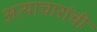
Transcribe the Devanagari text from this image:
अत्याचारांची